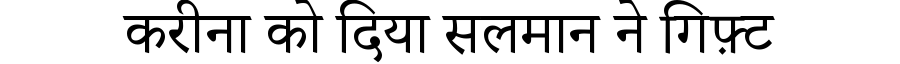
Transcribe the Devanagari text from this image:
करीना को दिया सलमान ने गिफ़्ट